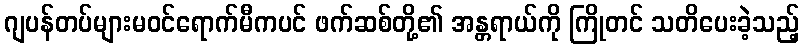
ဂျပန်တပ်များမဝင်ရောက်မီကပင် ဖက်ဆစ်တို့၏ အန္တရာယ်ကို ကြိုတင် သတိပေးခဲ့သည့်